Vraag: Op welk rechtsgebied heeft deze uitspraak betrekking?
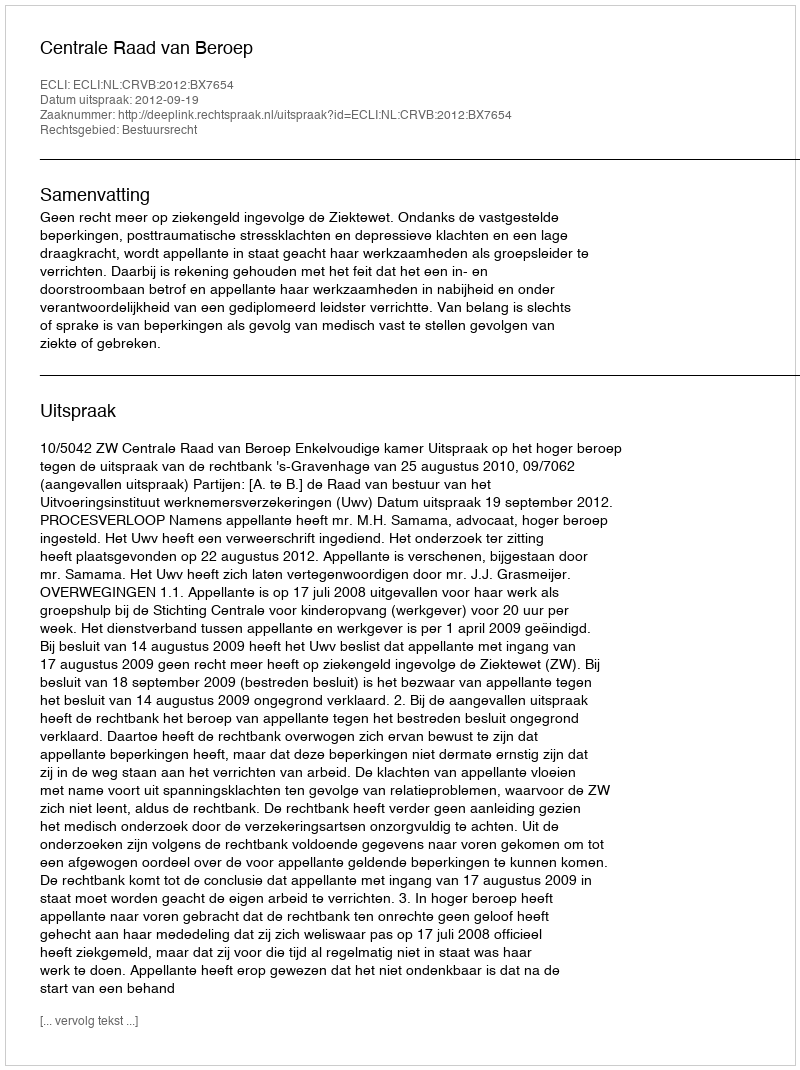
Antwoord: Bestuursrecht